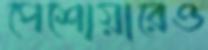
পেশোয়ারেও